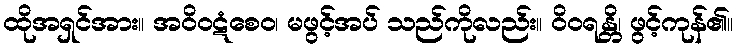
ထိုအရှင်အား။ အဝိဝဋံစေဝ၊ မဖွင့်အပ် သည်ကိုလည်း။ ဝိဝရန္တိ၊ ဖွင့်ကုန်၏။